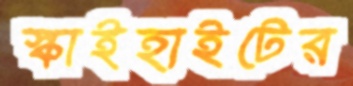
স্কাইহাইটের